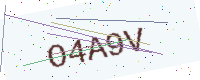
Text: O4A9V